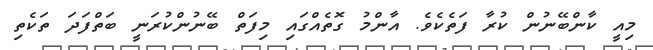
މިއީ ކާންބޭނުން ކުރާ ފަތެކެވެ. އާންމު ގޮތެއްގައި މިފަތް ބޭނުންކުރަނީ ބަތްފަދަ ތަކެތި